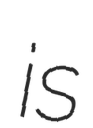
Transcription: is